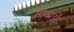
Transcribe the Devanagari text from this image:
पियाझी